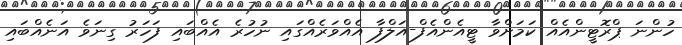
ހުންނަ ޕްރޮޓީންއެއް ކަމަށްވާ ޓީއެންއެފް-އަލްފާ އެއްވަރެއްގައި ނުހުރެ އެއްބައި ފަހަރު ގިނަވެ އަނެއްބައި